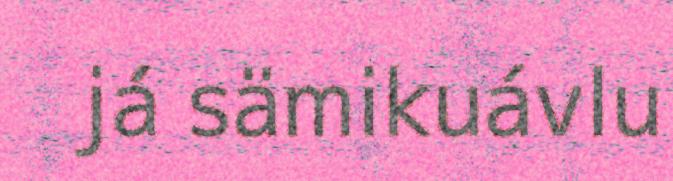
já sämikuávlu